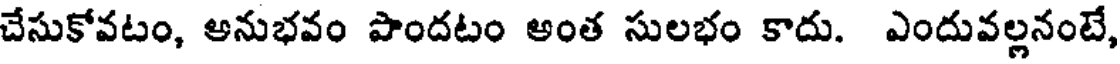
చేసుకోవటం, ఆనుభవం పొందటం అంత సులభం కాదు. ఎందువల్లనంటే,